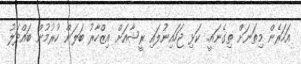
އަހަރެން މިތަނަށް ތިގެނައީ.. ކަޅި ޖަހައިނުލައި ރީޝާއަށް އިޒްހާރު ބަލަން ހުރުމުން ބައްދަލު